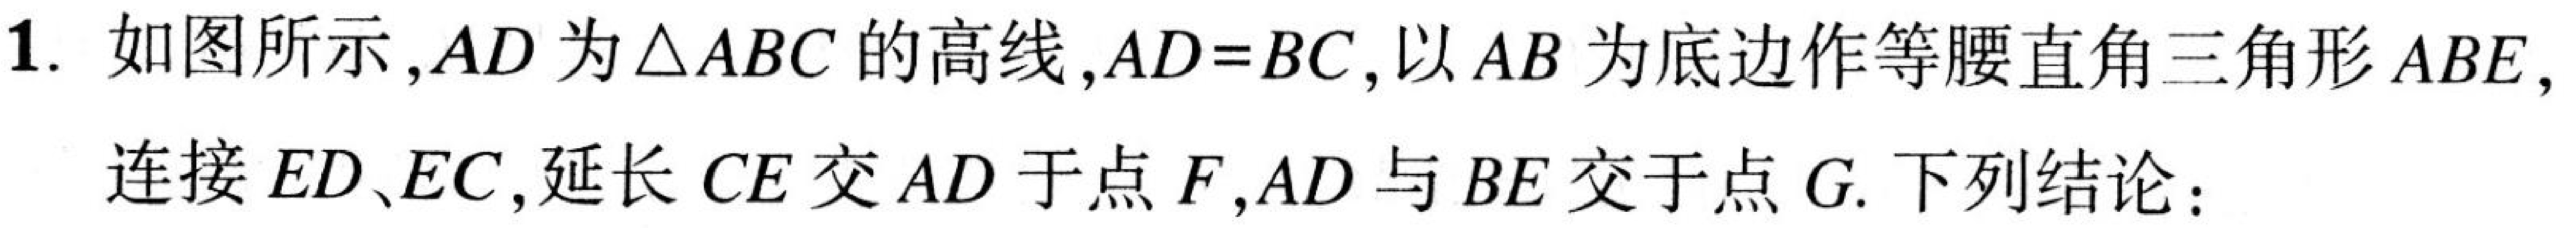
1. 如图所示，\(AD\)为\(\triangle ABC\)的高线，\(AD = BC\)，以\(AB\)为底边作等腰直角三角形\(ABE\)，连接\(ED、EC\)，延长\(CE\)交\(AD\)于点\(F\)，\(AD\)与\(BE\)交于点\(G\). 下列结论：